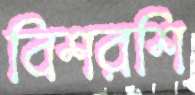
বিশরশি